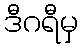
ဒီဂရီမှ